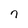
Character: 7